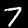
Digit: 7